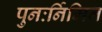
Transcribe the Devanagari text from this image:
पुनःर्निमित